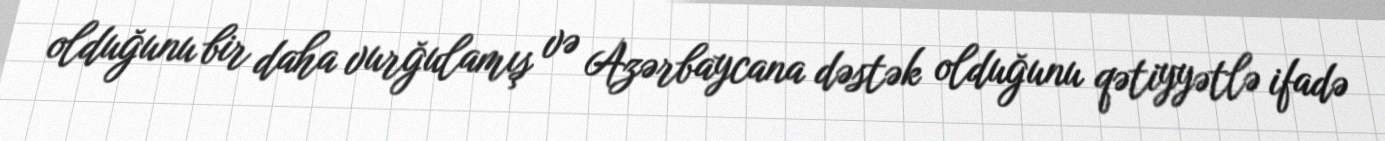
olduğunu bir daha vurğulamış və Azərbaycana dəstək olduğunu qətiyyətlə ifadə